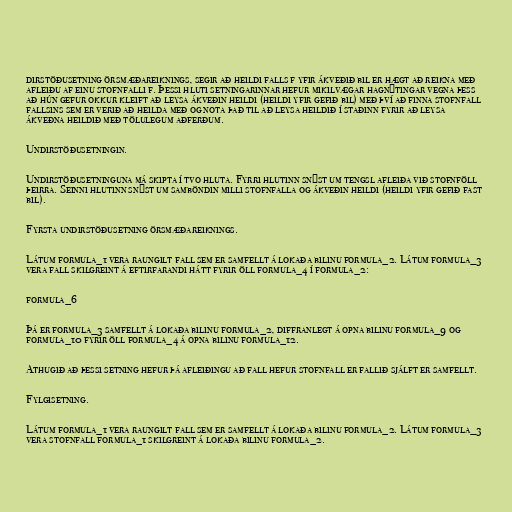
dirstöðusetning örsmæðareiknings, segir að heildi falls f yfir ákveðið bil er hægt að reikna með
afleiðu af einu stofnfalli f. Þessi hluti setningarinnar hefur mikilvægar hagnýtingar vegna þess
að hún gefur okkur kleift að leysa ákveðin heildi (heildi yfir gefið bil) með því að finna stofnfall
fallsins sem er verið að heilda með og nota það til að leysa heildið í staðinn fyrir að leysa
ákveðna heildið með tölulegum aðferðum.

Undirstöðusetningin.

Undirstöðusetninguna má skipta í tvo hluta. Fyrri hlutinn snýst um tengsl afleiða við stofnföll
þeirra. Seinni hlutinn snýst um samböndin milli stofnfalla og ákveðin heildi (heildi yfir gefið fast
bil).

Fyrsta undirstöðusetning örsmæðareiknings.

Látum formula_1 vera raungilt fall sem er samfellt á lokaða bilinu formula_2. Látum formula_3
vera fall skilgreint á eftirfarandi hátt fyrir öll formula_4 í formula_2:

formula_6

Þá er formula_3 samfellt á lokaða bilinu formula_2, diffranlegt á opna bilinu formula_9 og
formula_10 fyrir öll formula_4 á opna bilinu formula_12.

Athugið að þessi setning hefur þá afleiðingu að fall hefur stofnfall er fallið sjálft er samfellt.

Fylgisetning.

Látum formula_1 vera raungilt fall sem er samfellt á lokaða bilinu formula_2. Látum formula_3
vera stofnfall formula_1 skilgreint á lokaða bilinu formula_2.